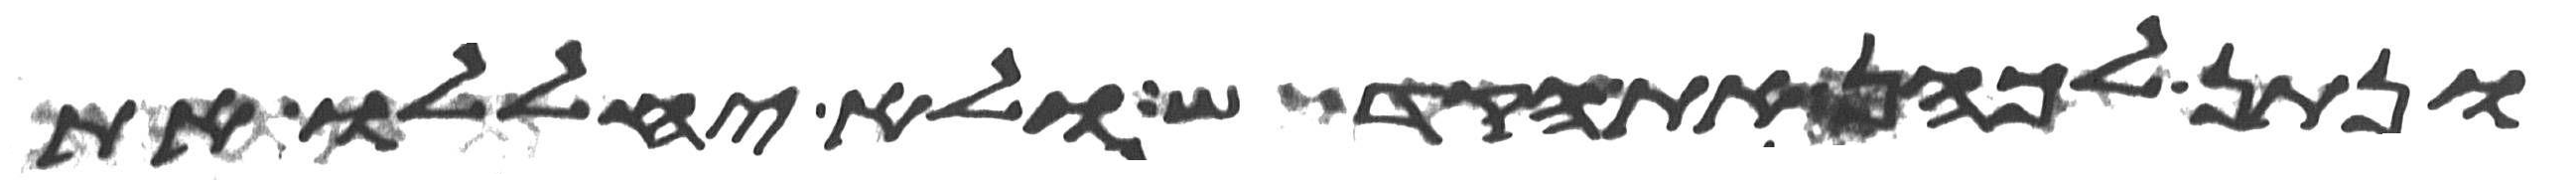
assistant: ונתן לכהן את הקדש ולא יחללו את